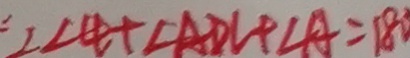
\because \angle 4 + \angle A D C + \angle A = 1 8 0